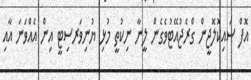
އޮފް ސައިކޮލޮޖީން ގްރެޖުއޭޓުވެގެން ލީނާ ނިކުތީ މުޅި ޔުނިވަރސިޓީ އިން އެއްވަނަ އާއި